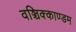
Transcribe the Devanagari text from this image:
वञ्चिक्काण्डम